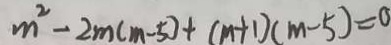
m ^ { 2 } - 2 m ( m - 5 ) + ( m + 1 ) ( m - 5 ) = 0